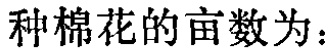
种棉花的亩数为：